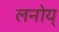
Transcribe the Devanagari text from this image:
लनोय्